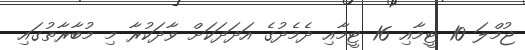
ޖުމްލަ 10 ޓީމާއި 16 ޓީމާއި ދެމެދުގެ އަދަދަކަށް ވާދަކުރާ މި މުބާރާތުގައި